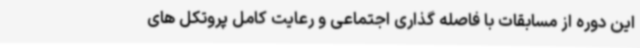
این دوره از مسابقات با فاصله گذاری اجتماعی و رعایت کامل پروتکل های